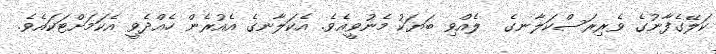
ކަލޭގެފާނުގެ ވެރިރަސްކަލާނގެ  ލެއްވި ބަޔަކު މެނުވީއެވެ. އެކަލާނގެ އެއުރެން ހެއްދެވީ އެކަމަށްޓަކައެވެ.